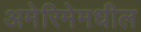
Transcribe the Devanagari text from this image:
अमेरिमेमधील